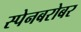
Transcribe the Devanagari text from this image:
स्पेनबरोबर